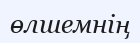
өлшемнің